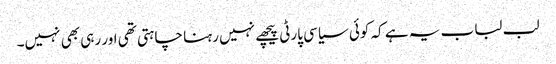
لب لباب یہ ہے کہ کوئی سیاسی پارٹی پیچھے نہیں رہنا چاہتی تھی اور رہی بھی نہیں۔